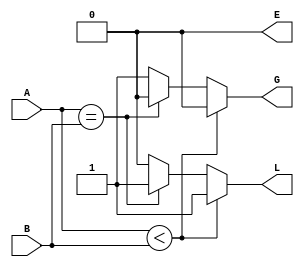
module mag_com_4bit(
  input [3:0]A,B,
    output reg G,E,L
    );
  always @ (A,B)
    begin 
      if (A<B)
		  begin
        G=0;
        E=0;
        L=1;
				end  
      else if (A==B)
		  begin
        G=0;
        E=0;
        L=1;
			end  				
		  else
		  begin
        G=1;
        E=0;
        L=0;
			  end  
end  
endmodule